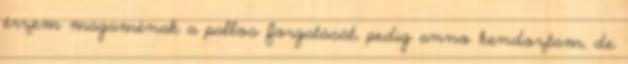
érzem magaménak a pallos forgatását, pedig anno kendoztam, de